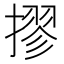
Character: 摎